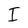
Character: I